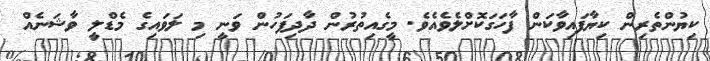
ކިޔުންތެރިން ކިޔާފައިވާކަން ފާހަގަކޮށްލެވެއެވެ. މީގެއިތުރުން ދާދިފަހުން ވަނީ މި ލަވައިގެ މެޑްލީ ވާޝަނެއް